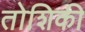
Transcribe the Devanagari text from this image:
तोशिकी